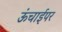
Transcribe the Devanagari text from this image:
ऊंचाईपर